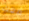
معك